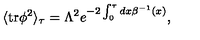
\langle \mathrm { t r } \phi ^ { 2 } \rangle _ { \tau } = \Lambda ^ { 2 } e ^ { - 2 \int _ { 0 } ^ { \tau } { d x \beta ^ { - 1 } ( x ) } } ,